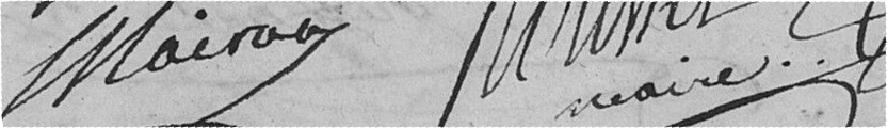
MAIRAA                          BRUNEL MAIRE